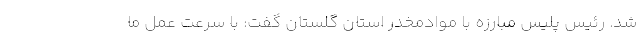
شد. رئیس پلیس مبارزه با موادمخدر استان گلستان گفت: با سرعت عمل ما